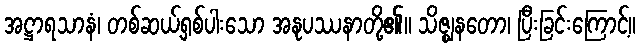
အဋ္ဌာရသာနံ၊ တစ်ဆယ့်ရှစ်ပါးသော အနုပဿနာတို့၏။ သိဇ္ဈနတော၊ ပြီးခြင်းကြောင့်။